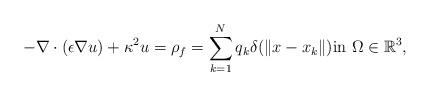
LaTeX: \begin{align*} -\nabla\cdot(\epsilon \nabla u)+ \kappa^2 u=\rho_f= \sum\limits_{{k}=1}^N q_k \delta(\|{x} - {x}_{k}\|) \mbox{in } \Omega \in \mathbb{R}^3,\end{align*}